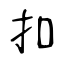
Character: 扣